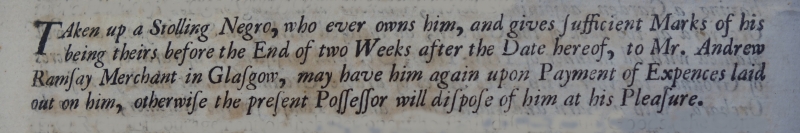
Edinburgh Evening Courant, 28 April 1720 (Scotland)
TAken up a Strolling Negro, who ever owns him, and gives Sufficient Marks of his being theirs before the End of two Weeks after the Date hereof, to Mr. Andrew Ramsay Merchant in Glasgow, may have him again upon Payment of Expences laid out on him, otherwise the present Possessor will dispose of him at his Pleasure.